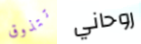
تتذوق روحاني